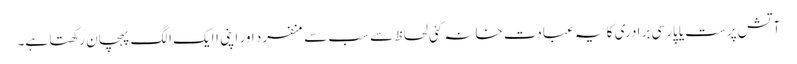
آتش پرست یا پارسی برادری کا یہ عبادت خانہ کئی لحاظ سے سب سے منفرد اور اپنی اایک الگ پہچان رکھتا ہے۔